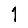
Digit: 1